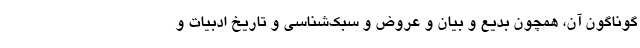
گوناگونِ آن، همچون بدیع و بیان و عروض و سبک‌شناسی و تاریخ ادبیات و